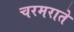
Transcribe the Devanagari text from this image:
चरमराते